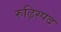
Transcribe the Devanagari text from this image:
रुढ़िस्पद